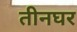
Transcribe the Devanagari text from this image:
तीनघर